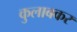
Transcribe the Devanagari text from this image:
कुलाबकर